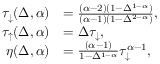
\begin{array} { r l } { \tau _ { \downarrow } ( \Delta , \alpha ) } & { = \frac { ( \alpha - 2 ) ( 1 - \Delta ^ { 1 - \alpha } ) } { ( \alpha - 1 ) ( 1 - \Delta ^ { 2 - \alpha } ) } , } \\ { \tau _ { \uparrow } ( \Delta , \alpha ) } & { = \Delta \tau _ { \downarrow } , } \\ { \eta ( \Delta , \alpha ) } & { = \frac { ( \alpha - 1 ) } { 1 - \Delta ^ { 1 - \alpha } } \tau _ { \downarrow } ^ { \alpha - 1 } , } \end{array}